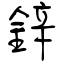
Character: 鋅